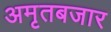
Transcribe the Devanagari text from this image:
अमृतबजार